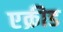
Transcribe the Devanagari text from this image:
एक्रीड